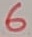
Text: 6